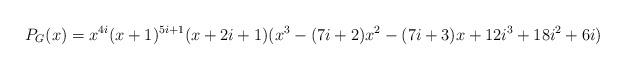
LaTeX: \begin{align*}P_G(x) = x^{4i} (x+1)^{5i+1} (x+2i+1)(x^3 -(7i+2)x^2 -(7i+3)x +12i^3 +18i^2 +6i) \end{align*}